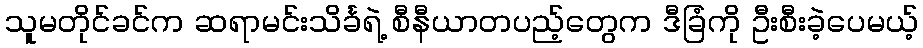
သူမတိုင်ခင်က ဆရာမင်းသိင်္ခရဲ့ စီနီယာတပည့်တွေက ဒီခြံကို ဦးစီးခဲ့ပေမယ့်